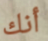
أنك